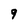
Character: 9